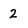
Character: 2